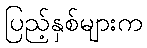
ပြည့်နှစ်များက